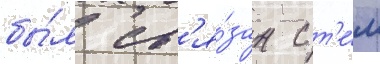
бы́л св'я́зан с т'е́м